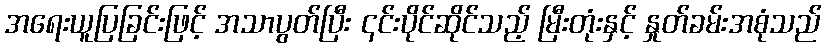
အရေးယူပြခြင်းဖြင့် အသာပွတ်ပြီး ၎င်းပိုင်ဆိုင်သည့် မြီးတုံးနှင့် နှုတ်ခမ်းအစုံသည်